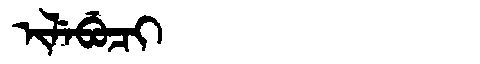
Manchu: ᡳᠯᡝᠪᡠᠴᡳ
Romanization: ILEBUCI